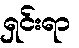
ရှင်းရာ